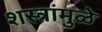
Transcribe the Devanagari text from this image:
शस्त्रांमु़ळे